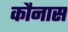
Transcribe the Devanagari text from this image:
कौनास